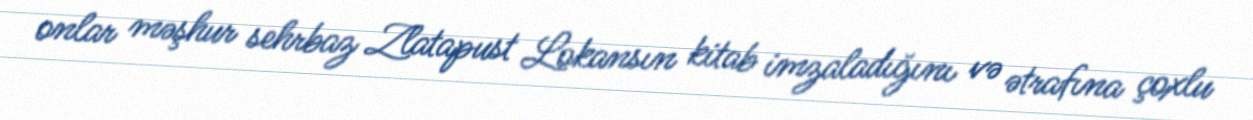
onlar məşhur sehrbaz Zlatapust Lokansın kitab imzaladığını və ətrafına çoxlu